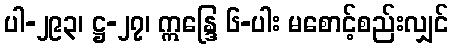
ပါ-၂၉၃၊ ဋ္ဌ-၂၇၊ ဣန္ဒြေ ၆-ပါး မစောင့်စည်းလျှင်